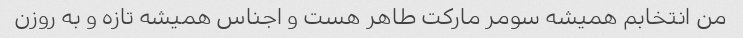
من انتخابم همیشه سومر مارکت طاهر هست و اجناس همیشه تازه و به روزن